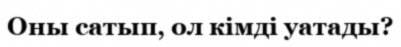
Оны сатып, ол кімді уатады?